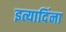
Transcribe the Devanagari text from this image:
इत्यादिंना